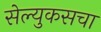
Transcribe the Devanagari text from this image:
सेल्युकसचा